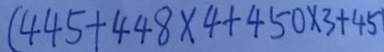
( 4 4 5 + 4 4 8 \times 4 + 4 5 0 \times 3 + 4 5